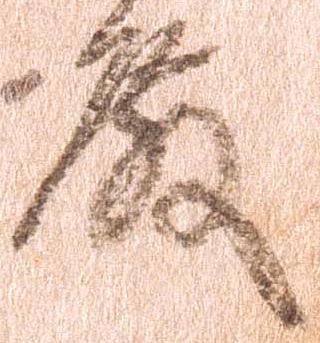
殿